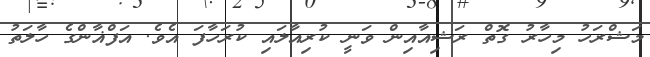
މަޝްރަހު މިހާރު ގޮތް ރަޝިއާއިން ވަނީ ކުރިއާލައި ކުރަހާފަ އެވެ. އަފްޣާންގެ ހާލަތު